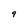
Character: 9